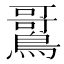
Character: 𫛌